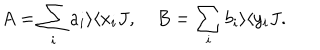
A = \sum _ { i } a _ { i } \rangle \langle x _ { i } J , B = \sum _ { i } b _ { i } \rangle \langle y _ { i } J .